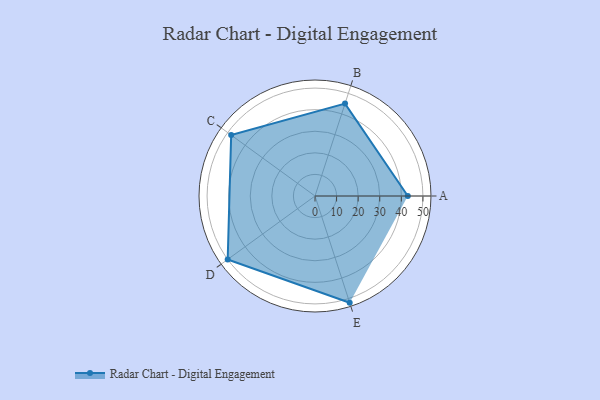
{"axis": {"x": "Skill", "y": "Score"}, "legend": ["Profile"], "data": [{"x": "A", "y": 43.0, "type": "Profile"}, {"x": "B", "y": 45.0, "type": "Profile"}, {"x": "C", "y": 48.0, "type": "Profile"}, {"x": "D", "y": 50.0, "type": "Profile"}, {"x": "E", "y": 52.0, "type": "Profile"}]}